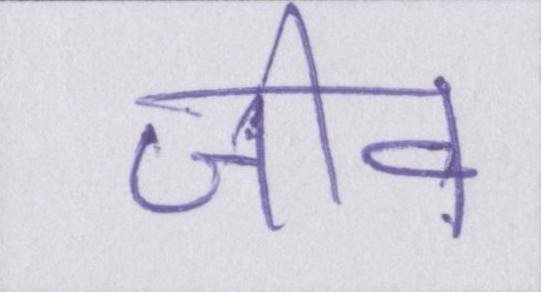
जीव